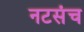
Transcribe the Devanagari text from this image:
नटसंच